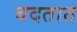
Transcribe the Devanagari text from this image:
बदतात